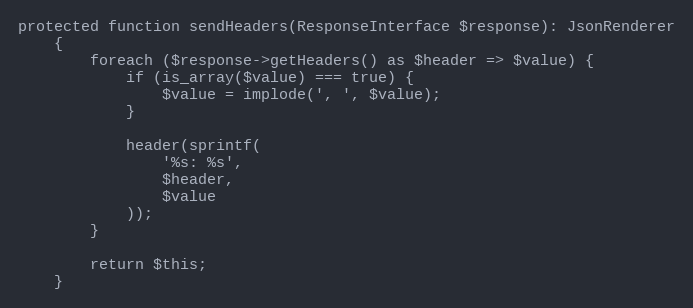
Language: PHP
protected function sendHeaders(ResponseInterface $response): JsonRenderer
    {
        foreach ($response->getHeaders() as $header => $value) {
            if (is_array($value) === true) {
                $value = implode(', ', $value);
            }

            header(sprintf(
                '%s: %s',
                $header,
                $value
            ));
        }

        return $this;
    }